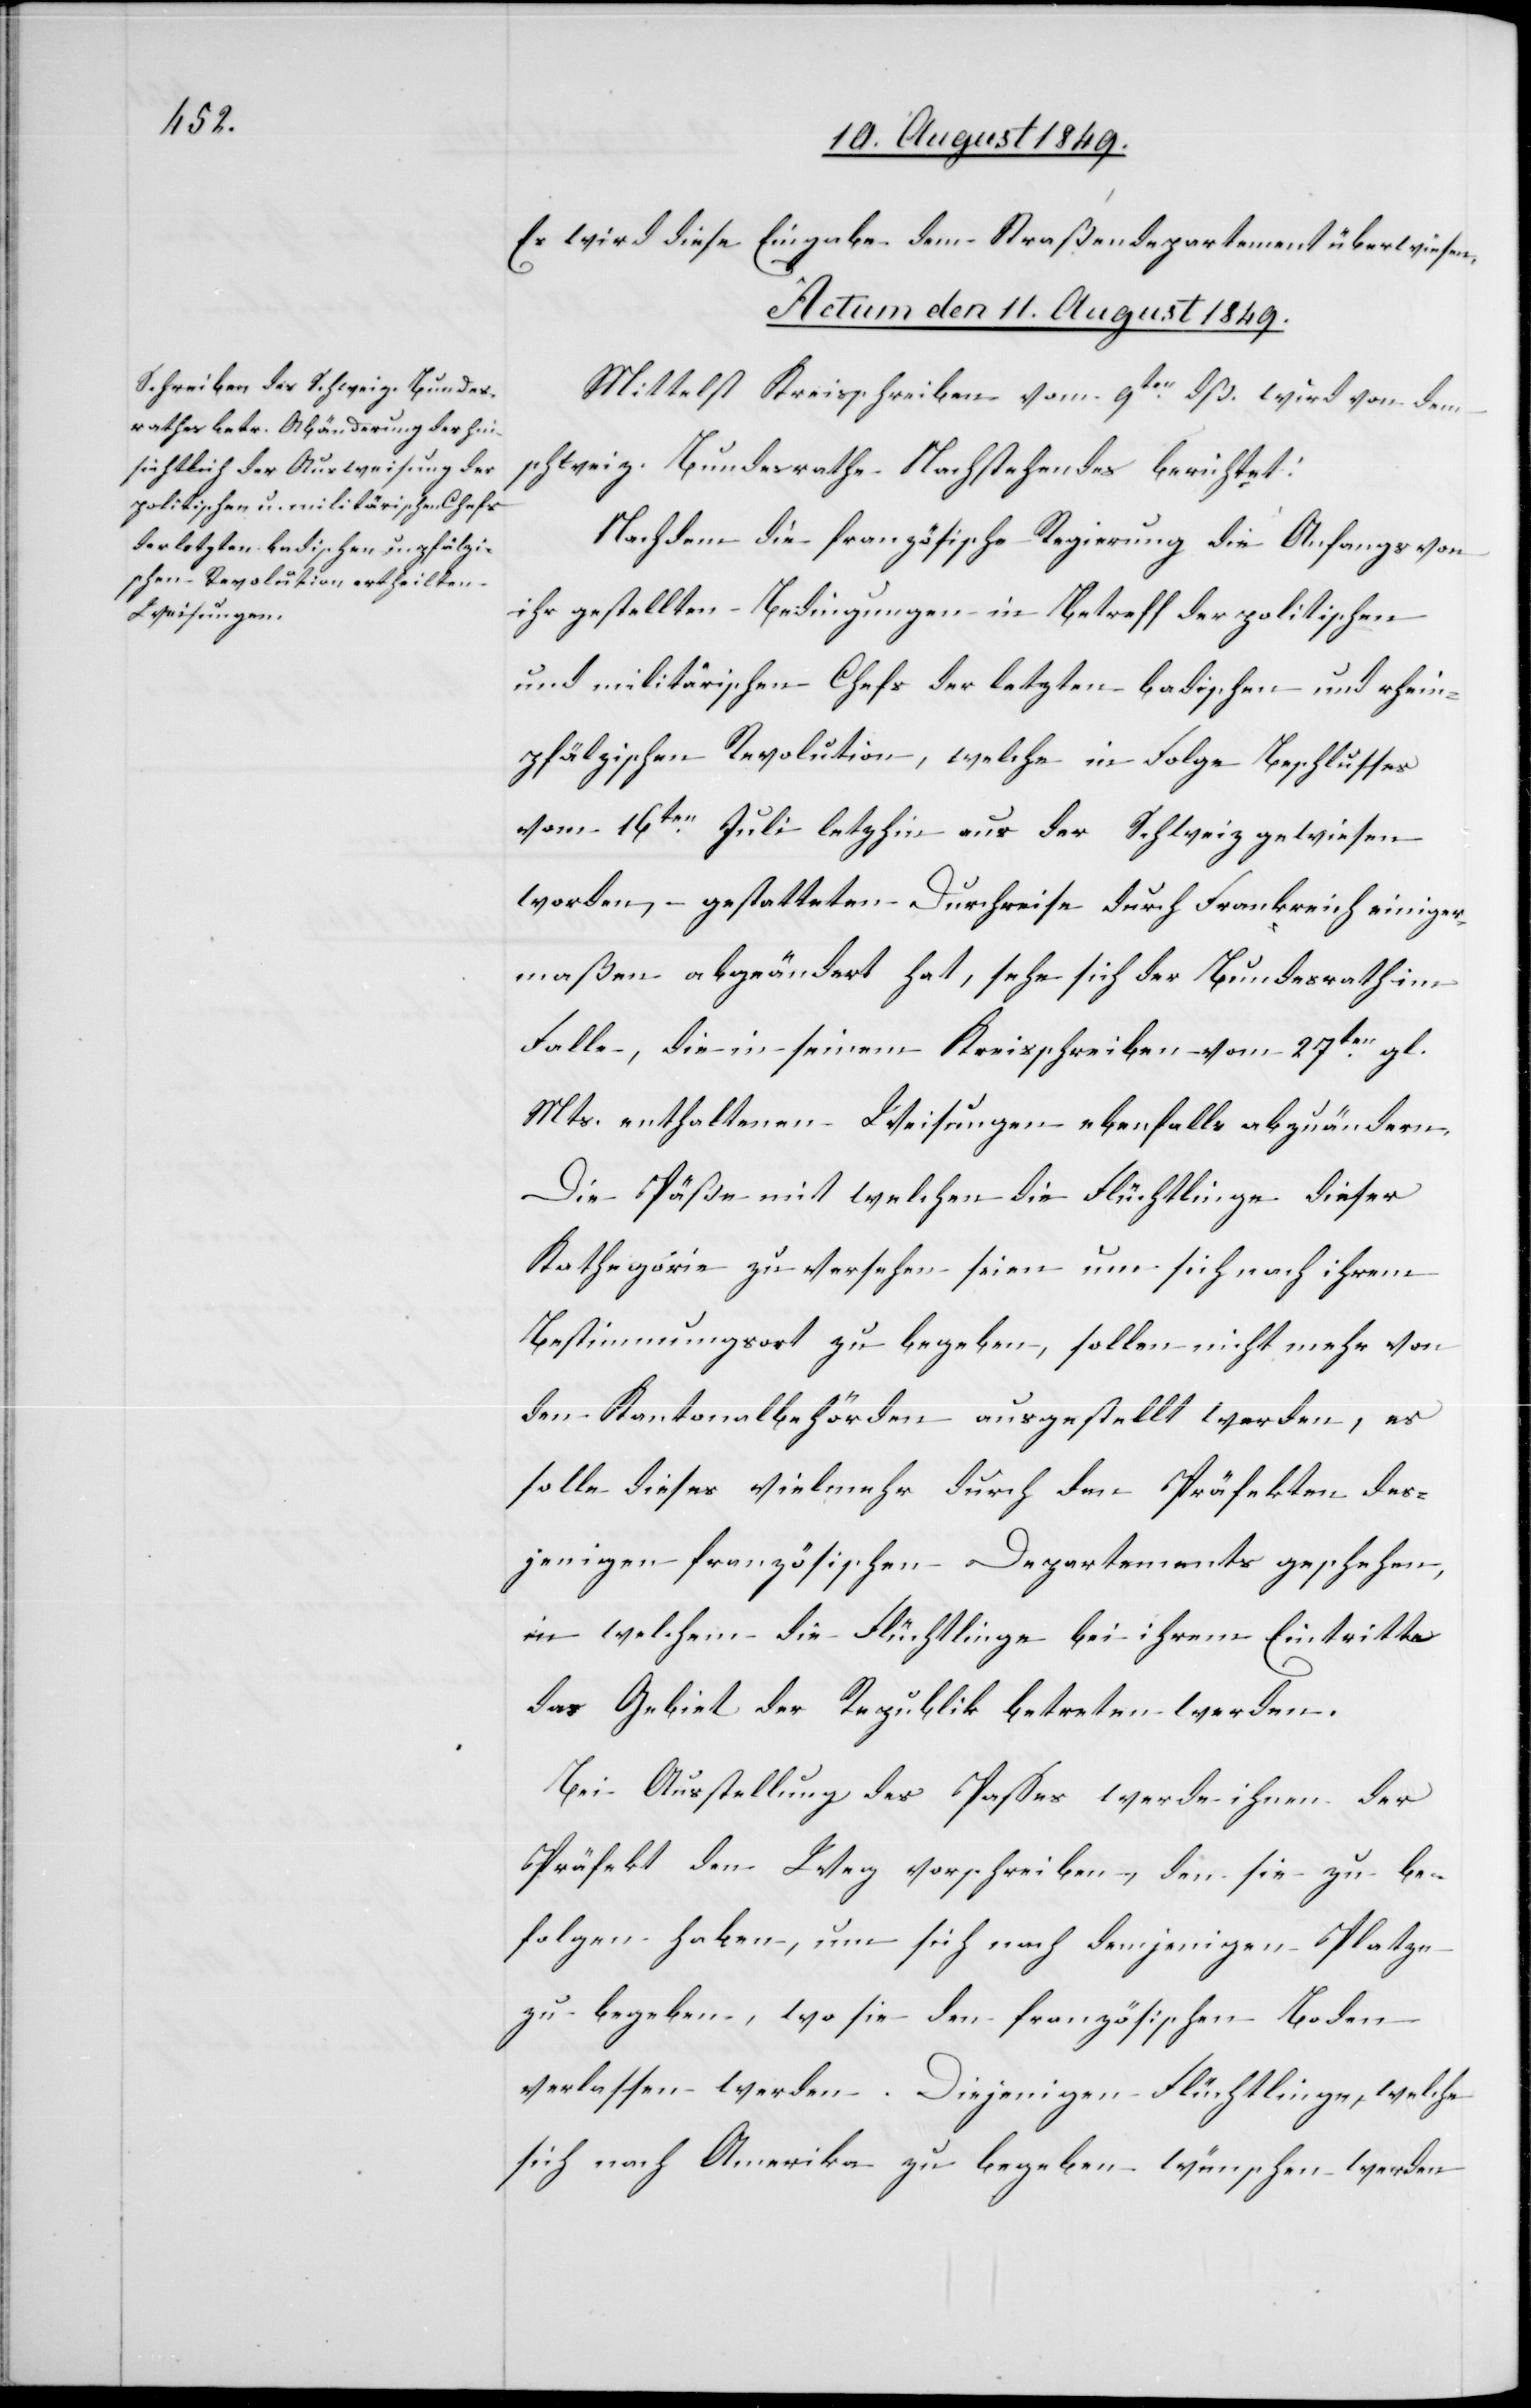
Es wird diese Eingabe dem Straßendepartement überwiesen.
Actum den 11. August 1849.
Mittelst Kreisschreiben vom 9ten dß. wird von dem
schweiz. Bundesrathe Nachstehendes berichtet:
Nachdem die französische Regierung die Anfangs von
ihr gestellten Bedingungen in Betreff der politischen
und militärischen Chefs der letzten badischen und rhein¬
pfälzischen Revolution, welche in Folge Beschlusses
vom 16ten Juli letz[t]hin aus der Schweiz gewiesen
worden, gestatteten Durchreise durch Frankreich einiger¬
maßen abgeändert hat, sehe sich der Bundesrath im
Falle, die in seinem Kreisschreiben vom 27ten gl.
Mts. enthaltenen Weisungen ebenfalls abzuändern.
Die Päße mit welchen die Flüchtlinge dieser
Kathegorie zu versehen seien um sich nach ihrem
Bestimmungsort zu begeben, sollen nicht mehr von
den Kantonalbehörden ausgestellt werden, es
solle dieses vielmehr durch den Präfekten des¬
jenigen französischen Departements geschehen,
in welchem die Flüchtlinge bei ihrem Eintritte
das Gebiet der Republik betreten werden.
Bei Ausstellung des Passes werde ihnen der
Präfekt den Weg vorschreiben, den sie zu be¬
folgen haben, um sich nach demjenigen Platze
zu begeben, wo sie den französischen Boden
verlassen werden. Diejenigen Flüchtlinge, welche
sich nach Amerika zu begeben wünschen werden